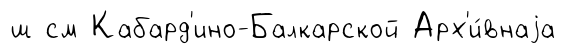
ш см Кабард'ино-Балкарской Арх'и́внаjа